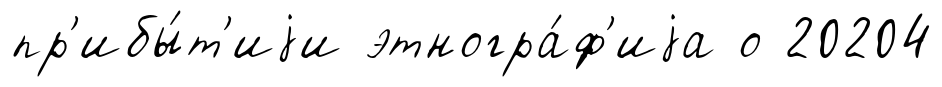
пр'ибы́т'иjи этногра́ф'иjа о 20204